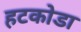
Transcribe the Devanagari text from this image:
हटकोडा